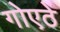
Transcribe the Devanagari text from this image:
गोएठे